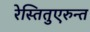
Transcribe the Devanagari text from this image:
रेस्तितुएरुन्त